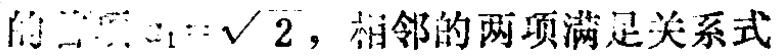
的\(a_{1}=\sqrt{2}\)，相邻的两项满足关系式